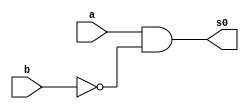
// ---------------
// Exemplo0037 - F4 - LU 07
// Nome: Josemar Alves Caetano
// Matrcula: 448662
// Data: 23/08/2012
// ----------------

// ----------------
// maior
// ----------------
module maior(output s0, input a, input b);

//Definio dos fios do subcircuito
wire b_n;

//Definio por portas
not not1(b_n, b);
and and1(s0, a, b_n);

endmodule//maior

// ----------------
// menor
// ----------------
module menor(output s1, input a, input b);

//Definio dos fios do subcircuito
wire a_n;

//Definio por portas
not not2(a_n, a);
and and2(s1, a_n, b);

endmodule//menor

// ----------------
// LU 07
// ----------------
module lu07(output saida, input a, input b, input chave);

//Declarao dos fios do circuito
wire s0, s1, c0, c1, d0, d1;

//Definio das operaes da LU
maior ma1(s0, a, b);
menor me1(s1, a, b);

//Definio da LU
not not3(c1, chave);
buf buf1(c0, chave);
and and3(d0, s0, c0); //Representa a operao maior
and and4(d1, s1, c1); //Representa a operao menor
or or1(saida, d0, d1);

endmodule// lu07

// ----------------
// f4
// ----------------
module f4(output [1:0]s, input [1:0]a, input [1:0]b, input chave);

//Instncia a LU
lu07 l1(s[0], a[0], b[0], chave);
lu07 l2(s[1], a[1], b[1], chave);

endmodule

// ----------------
// test f4
// ----------------
module test_f4;

// ---------------- Definio de variveis
reg [1:0]x;
reg [1:0]y;
wire [1:0]z;
reg chave;
     
// ---------------- Instncia
f4 modulo(z, x, y, chave);

// ---------------- Preparao
 initial begin: start
   x = 2'b00; y = 2'b01;
   chave = 1'b0;
 end

// ----------------- Parte principal
 initial begin: main
    $display("Exemplo0037 - Josemar Alves Caetano - 448662");
    $display("Test LU's module");

   // Projetar testes do modulo

  #1 $display("\nTeste do menor:\n");
     $display("%b < %b? Resp.: %b", x, y, z);
     x = 2'b01; y = 2'b10;

  #1 $display("%b < %b? Resp.: %b", x, y, z);
     x = 2'b10; y = 2'b11;

  #1 $display("%b < %b? Resp.: %b", x, y, z);
     x = 2'b11; y = 2'b00;

  #1 $display("%b < %b? Resp.: %b", x, y, z);
     x = 2'b00; y = 2'b01;
     chave = 1'b1;

  #1 $display("\nTeste do maior:\n");
     $display("%b > %b? Resp.: %b", x, y, z);
     x = 2'b01; y = 2'b10;

  #1 $display("%b > %b? Resp.: %b", x, y, z);
     x = 2'b10; y = 2'b11;

  #1 $display("%b > %b? Resp.: %b", x, y, z);
     x = 2'b11; y = 2'b00;

  #1 $display("%b > %b? Resp.: %b", x, y, z);

 end

endmodule //test_f4